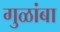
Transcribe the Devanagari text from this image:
गुळांबा